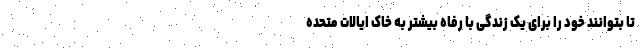
تا بتوانند خود را برای یک زندگی با رفاه بیشتر به خاک ایالات متحده